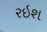
રઇશ